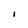
Character: I